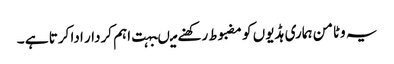
یہ وٹامن ہماری ہڈیوں کو مضبوط رکھنے میںبہت اہم کردار ادا کرتا ہے ۔